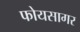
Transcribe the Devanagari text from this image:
फोयसागर